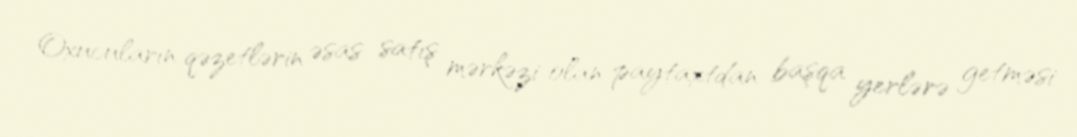
Oxucuların qəzetlərin əsas satış mərkəzi olan paytaxtdan başqa yerlərə getməsi